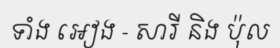
ទាំង អៀង - សារី និង ប៉ុល